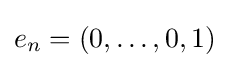
e_{n}=(0,\ldots ,0,1)